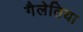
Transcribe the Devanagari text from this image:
गैलेतिया